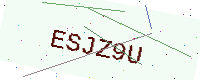
Text: ESJZ9U